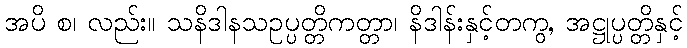
အပိ စ၊ လည်း။ သနိဒါနသဥပ္ပတ္တိကတ္တာ၊ နိဒါန်းနှင့်တကွ, အဋ္ဌုပ္ပတ္တိနှင့်